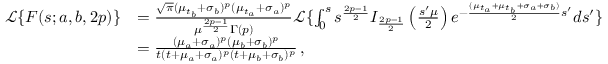
\begin{array} { r l } { \mathcal { L } \{ F ( s ; a , b , 2 p ) \} } & { = \frac { \sqrt { \pi } ( \mu _ { t _ { b } } + \sigma _ { b } ) ^ { p } ( \mu _ { t _ { a } } + \sigma _ { a } ) ^ { p } } { \mu ^ { \frac { 2 p - 1 } { 2 } } \Gamma \left( p \right) } \mathcal { L } \{ \int _ { 0 } ^ { s } s ^ { \frac { 2 p - 1 } { 2 } } I _ { \frac { 2 p - 1 } { 2 } } \left( \frac { s ^ { \prime } \mu } { 2 } \right) e ^ { - \frac { ( \mu _ { t _ { a } } + \mu _ { t _ { b } } + \sigma _ { a } + \sigma _ { b } ) } { 2 } s ^ { \prime } } d s ^ { \prime } \} } \\ & { = \frac { ( \mu _ { a } + \sigma _ { a } ) ^ { p } ( \mu _ { b } + \sigma _ { b } ) ^ { p } } { t ( t + \mu _ { a } + \sigma _ { a } ) ^ { p } ( t + \mu _ { b } + \sigma _ { b } ) ^ { p } } \, , } \end{array}